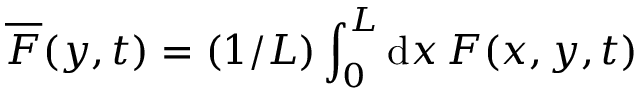
\overline { { F } } ( y , t ) = ( 1 / L ) \int _ { 0 } ^ { L } \mathrm { d } x \, F ( x , y , t )